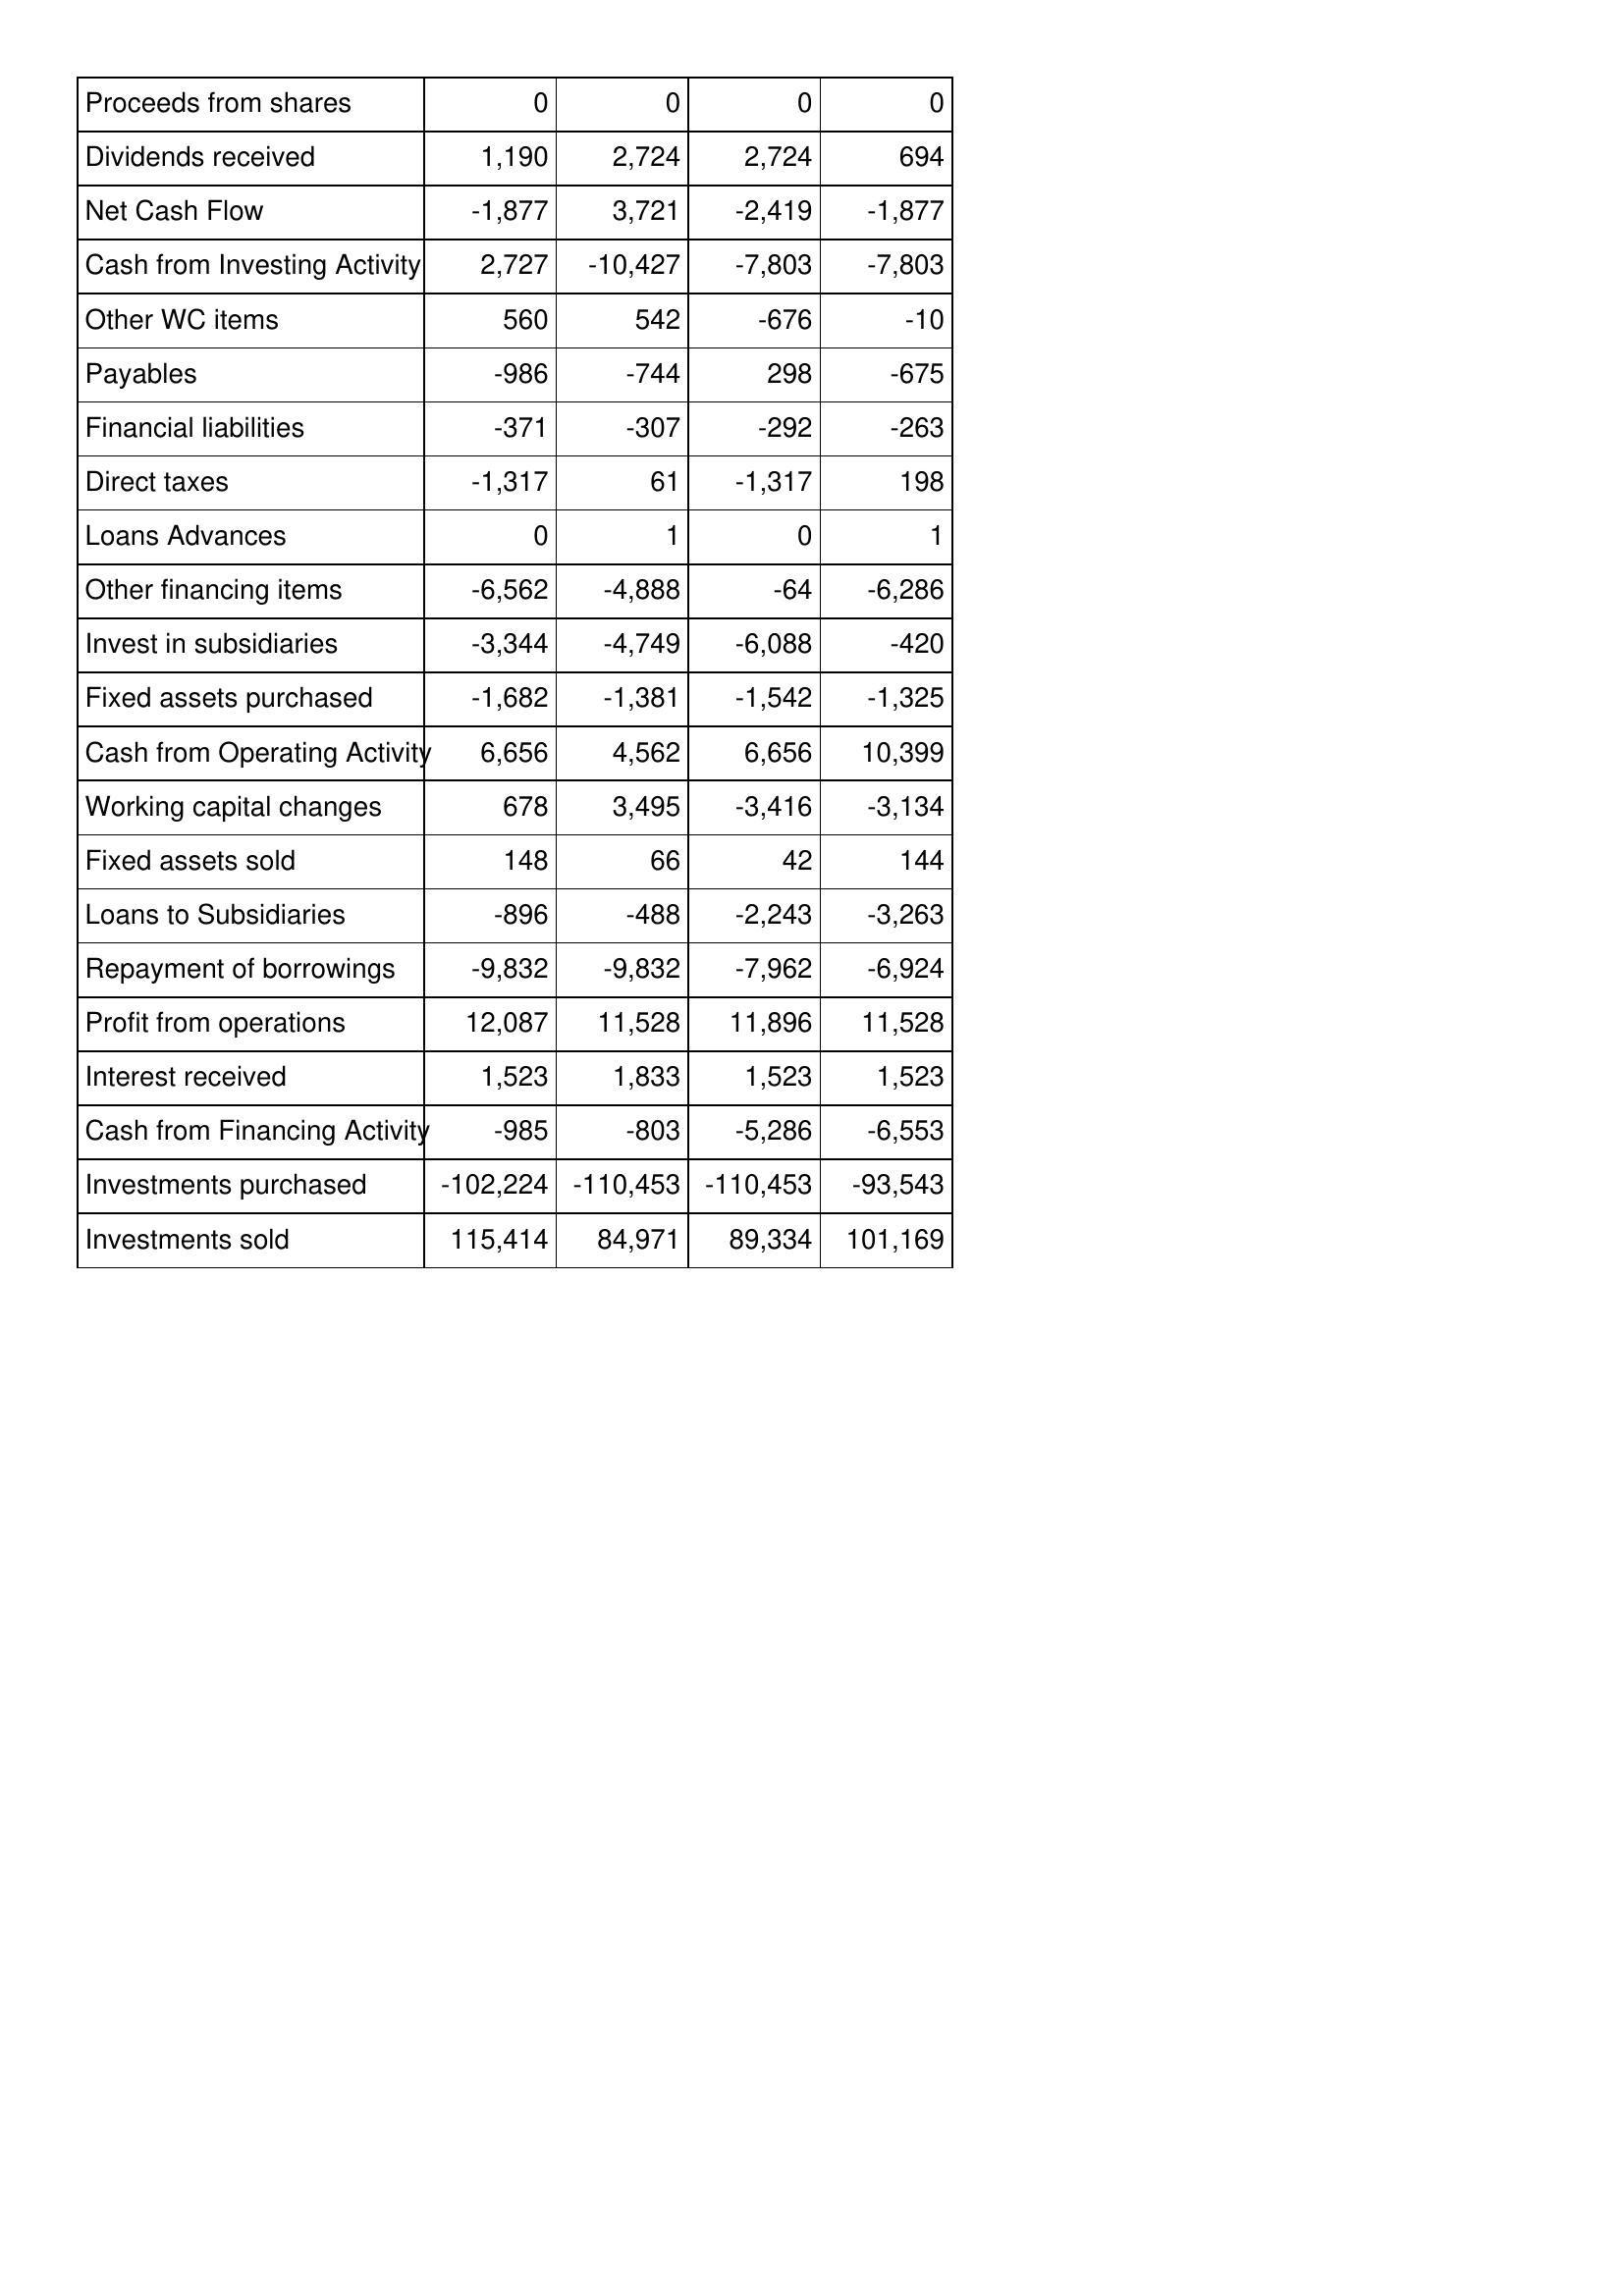
Apr-17: Cash Flows: Proceeds from shares: 0
Dividends received: 1,190
Net Cash Flow: -1,877
Cash from Investing Activity: 2,727
Other WC items: 560
Payables: -986
Financial liabilities: -371
Direct taxes: -1,317
Loans Advances: 0
Other financing items: -6,562
Invest in subsidiaries: -3,344
Fixed assets purchased: -1,682
Cash from Operating Activity: 6,656
Working capital changes: 678
Fixed assets sold: 148
Loans to Subsidiaries: -896
Repayment of borrowings: -9,832
Profit from operations: 12,087
Interest received: 1,523
Cash from Financing Activity: -985
Investments purchased: -102,224
Investments sold: 115,414
Apr-16: Cash Flows: Proceeds from shares: 0
Dividends received: 2,724
Net Cash Flow: 3,721
Cash from Investing Activity: -10,427
Other WC items: 542
Payables: -744
Financial liabilities: -307
Direct taxes: 61
Loans Advances: 1
Other financing items: -4,888
Invest in subsidiaries: -4,749
Fixed assets purchased: -1,381
Cash from Operating Activity: 4,562
Working capital changes: 3,495
Fixed assets sold: 66
Loans to Subsidiaries: -488
Repayment of borrowings: -9,832
Profit from operations: 11,528
Interest received: 1,833
Cash from Financing Activity: -803
Investments purchased: -110,453
Investments sold: 84,971
Apr-15: Cash Flows: Proceeds from shares: 0
Dividends received: 2,724
Net Cash Flow: -2,419
Cash from Investing Activity: -7,803
Other WC items: -676
Payables: 298
Financial liabilities: -292
Direct taxes: -1,317
Loans Advances: 0
Other financing items: -64
Invest in subsidiaries: -6,088
Fixed assets purchased: -1,542
Cash from Operating Activity: 6,656
Working capital changes: -3,416
Fixed assets sold: 42
Loans to Subsidiaries: -2,243
Repayment of borrowings: -7,962
Profit from operations: 11,896
Interest received: 1,523
Cash from Financing Activity: -5,286
Investments purchased: -110,453
Investments sold: 89,334
Apr-14: Cash Flows: Proceeds from shares: 0
Dividends received: 694
Net Cash Flow: -1,877
Cash from Investing Activity: -7,803
Other WC items: -10
Payables: -675
Financial liabilities: -263
Direct taxes: 198
Loans Advances: 1
Other financing items: -6,286
Invest in subsidiaries: -420
Fixed assets purchased: -1,325
Cash from Operating Activity: 10,399
Working capital changes: -3,134
Fixed assets sold: 144
Loans to Subsidiaries: -3,263
Repayment of borrowings: -6,924
Profit from operations: 11,528
Interest received: 1,523
Cash from Financing Activity: -6,553
Investments purchased: -93,543
Investments sold: 101,169